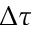
\Delta \tau